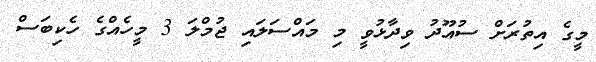
މީގެ އިތުރަށް ސުުއޫދު ވިދާޅުވީ މި މައްސަލައި ޖުމްލަ 3 މީހެއްގެ ހެކިބަސް